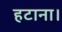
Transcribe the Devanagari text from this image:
हटाना।